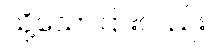
သို့သော်ငြားလည်း